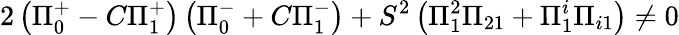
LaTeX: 2\left(\Pi_{0}^{+}-C\Pi_{1}^{+}\right)\left(\Pi_{0}^{-}+C\Pi_{1}^{-}\right)+S^{2}\left(\Pi_{1}^{2}\Pi_{21}+\Pi_{1}^{i}\Pi_{i1}\right)\neq 0